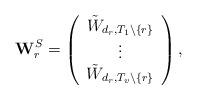
LaTeX: \begin{align*}\mathbf{W}^{S}_{r}=\left( \begin{array}{c} \tilde{W}_{{d_r},T_1\backslash\{r\}} \\ \vdots \\ \tilde{W}_{{d_r},T_v\backslash\{r\}} \end{array} \right),\end{align*}